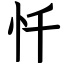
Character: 忏